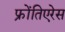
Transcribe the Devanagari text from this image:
फ्रोंतिएरेस